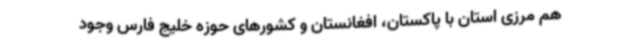
هم مرزی استان با پاکستان، افغانستان و کشورهای حوزه خلیج فارس وجود